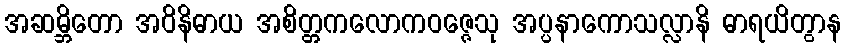
အဆမ္ဘိတော အဝိနိဓာယ အစိတ္တကလောကဝဇ္ဇေသု အပ္ပနာကောသလ္လာနိ ဓာရယိတွာန